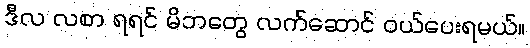
ဒီလ လစာ ရရင် မိဘတွေ လက်ဆောင် ဝယ်ပေးရမယ်။